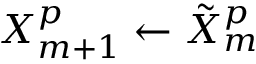
X _ { m + 1 } ^ { p } \gets \tilde { X } _ { m } ^ { p }